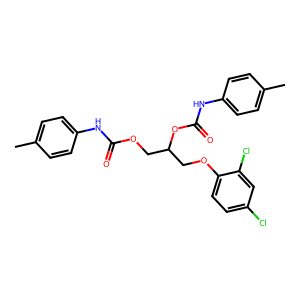
SMILES: Cc1ccc(NC(=O)OCC(COc2ccc(Cl)cc2Cl)OC(=O)Nc2ccc(C)cc2)cc1
Inhibits HIV replication: No